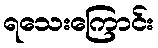
ရသေးကြောင်း